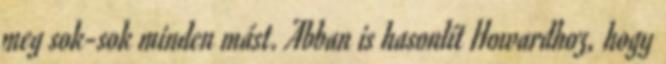
meg sok-sok minden mást. Abban is hasonlít Howardhoz, hogy